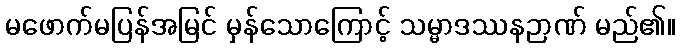
မဖောက်မပြန်အမြင် မှန်သောကြောင့် သမ္မာဒဿနဉာဏ် မည်၏။